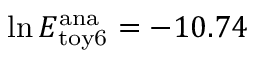
\ln E _ { \mathrm { t o y 6 } } ^ { \mathrm { a n a } } = - 1 0 . 7 4